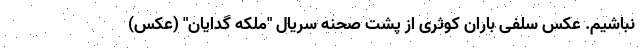
نباشیم. عکس سلفی باران کوثری از پشت صحنه سریال "ملکه گدایان" (عکس)